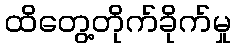
ထိတွေ့တိုက်ခိုက်မှု